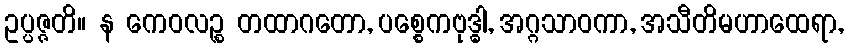
ဥပ္ပဇ္ဇတိ။ န ကေဝလဉ္စ တထာဂတော, ပစ္စေကဗုဒ္ဓါ, အဂ္ဂသာဝကာ, အသီတိမဟာထေရာ,